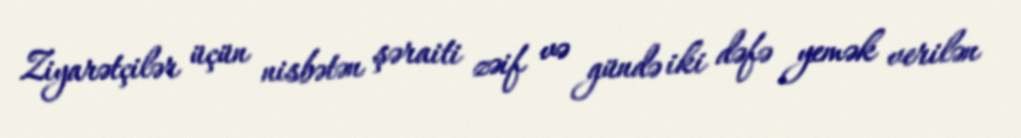
Ziyarətçilər üçün nisbətən şəraiti zəif və gündə iki dəfə yemək verilən